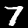
Label: 7